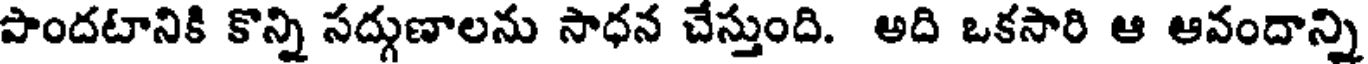
పొందటానికి కొన్ని సద్గుణాలను సాధన చేస్తుంది. అది ఒకసారి ఆ ఆవందాన్ని